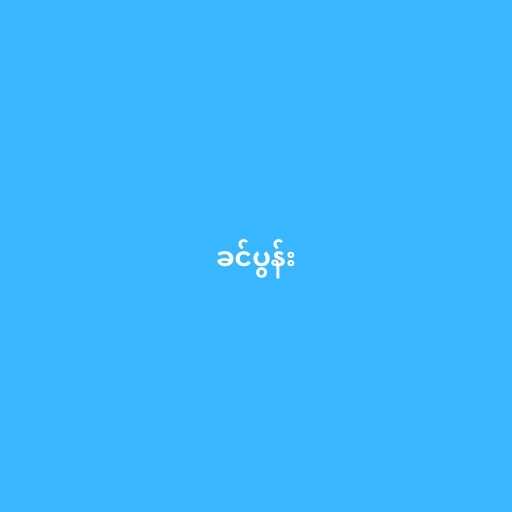
ခင်ပွန်း